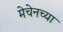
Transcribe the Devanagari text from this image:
मेचेनच्या